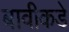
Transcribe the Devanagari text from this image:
बावीकडे